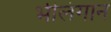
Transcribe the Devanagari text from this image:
भीलंगान